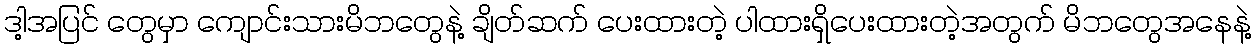
ဒါ့အပြင် တွေမှာ ကျောင်းသားမိဘတွေနဲ့ ချိတ်ဆက် ပေးထားတဲ့ ပါထားရှိပေးထားတဲ့အတွက် မိဘတွေအနေနဲ့